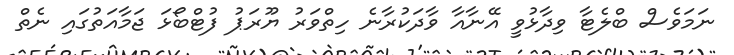
ނަމަވެސް ބްލެޓާ ވިދާޅުވީ އޭނާއާ ވާދަކުރާނެ ހިތްވަރު ޔޫރަޕު ފުޓްބޯޅަ ޖަމާއަތުގައި ނެތް